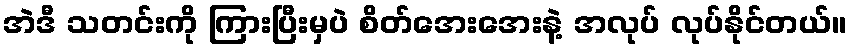
အဲဒီ သတင်းကို ကြားပြီးမှပဲ စိတ်အေးအေးနဲ့ အလုပ် လုပ်နိုင်တယ်။